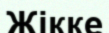
Жікке